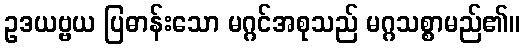
ဥဒယဗ္ဗယ ပြဓာန်းသော မဂ္ဂင်အစုသည် မဂ္ဂသစ္စာမည်၏။